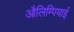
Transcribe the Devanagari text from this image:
औलिम्पियाई